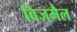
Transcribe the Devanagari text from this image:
विजमैल